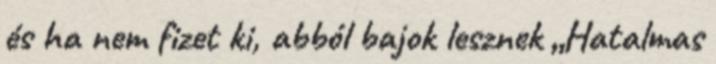
és ha nem fizet ki, abból bajok lesznek „Hatalmas